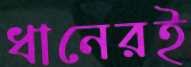
ধানেরই